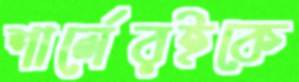
শার্লেরইকে